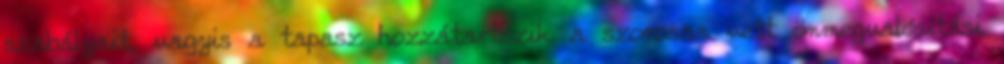
szabályait, vagyis a tapasz hozzátartozik a szorosan vett önmegvalósítási